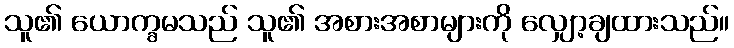
သူ၏ ယောက္ခမသည် သူ၏ အစားအစာများကို လျှော့ချထားသည်။